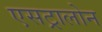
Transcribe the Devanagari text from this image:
एसट्रालोन